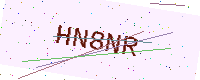
Text: HN8NR